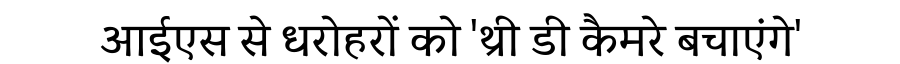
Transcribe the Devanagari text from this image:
आईएस से धरोहरों को 'थ्री डी कैमरे बचाएंगे'